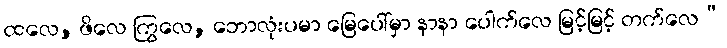
ထလေ, ဖိလေ ကြွလေ, ဘောလုံးပမာ မြေပေါ်မှာ နာနာ ပေါက်လေ မြင့်မြင့် တက်လေ”